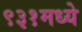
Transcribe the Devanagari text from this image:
९३१मध्ये